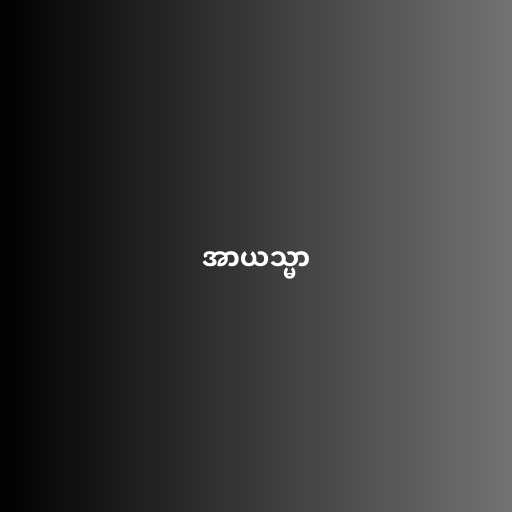
အာယသ္မာ